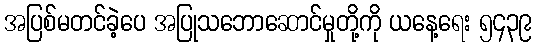
အပြစ်မတင်ခဲ့ပေ အပြုသဘောဆောင်မှုတို့ကို ယနေ့ရေး ၅၄၃၉